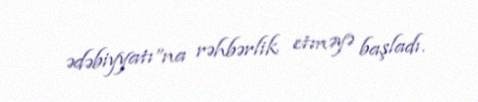
ədəbiyyatı”na rəhbərlik etməyə başladı.